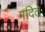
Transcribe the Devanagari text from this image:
गदिते